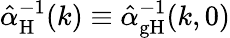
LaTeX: \hat{\alpha}_{\mathrm H}^{-1}(k)\equiv\hat{\alpha}_{\mathrm{gH}}^{-1}(k,0)